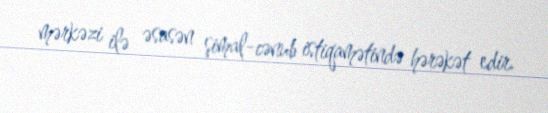
mərkəzi ilə əsasən şimal-cənub istiqamətində hərəkət edir.